Leaving Certificate Examination (including Day School Certificate (Higher) General paper), 1930
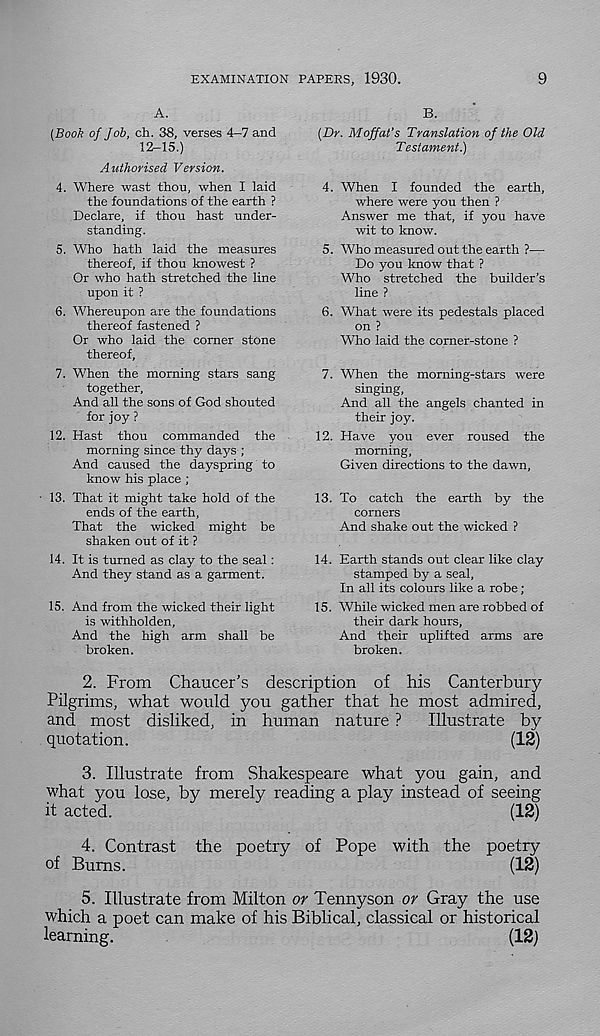
EXAMINATION PAPERS, 1930.
9
A.
{Book of Job, ch. 38, verses 4-7 and
12-15.)
Authorised Version.
4. Where wast thou, when I laid
the foundations of the earth ?
Declare, if thou hast under-
standing.
5. Who hath laid the measures
thereof, if thou knowest ?
Or who hath stretched the line
upon it ?
6. Whereupon are the foundations
thereof fastened ?
Or who laid the comer stone
thereof,
7. When the morning stars sang
together,
And all the sons of God shouted
for joy ?
12.
Hast thou commanded the
morning since thy days ;
And caused the dayspring to
know his place ;
■ 13. That it might take hold of the
ends of the earth,
That the wicked might be
shaken out of it ?
14. It is turned as clay to the seal:
And they stand as a garment.
15. And from the wicked their light
is withholden,
And the high arm shall be
broken.
B-
(Dr. Moffat’s Translation of the Old
Testament.)
4. When I founded the earth,
where were you then ?
Answer me that, if you have
wit to know.
5. Who measured out the earth ?—
Do you know that ?
Who stretched the builder’s
line ?
6. What were its pedestals placed
on ?
Who laid the corner-stone ?
7. When the morning-stars were
singing,
And all the angels chanted in
their joy.
12. Have you ever roused the
morning,
Given directions to the dawn,
13. To catch the earth by the
corners
And shake out the wicked ?
14. Earth stands out clear like clay
stamped by a seal.
In all its colours like a robe ;
15. While wicked men are robbed of
their dark hours.
And their uplifted arms are
broken.
2. From Chaucer’s description of his Canterbury
Pilgrims, what would you gather that he most admired,
and most disliked, in human nature ? Illustrate by
quotation.
(12)
3. Illustrate from Shakespeare what you gain, and
what you lose, by merely reading a play instead of seeing
it acted.
(12)
4. Contrast the poetry of Pope with the poetry
of Bums.
(12)
5. Illustrate from Milton or Tennyson or Gray the use
which a poet can make of his Biblical, classical or historical
learning.
(12)